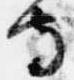
寺